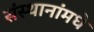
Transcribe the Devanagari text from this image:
संस्थानांमधे